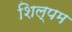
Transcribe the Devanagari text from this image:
शिल्पम